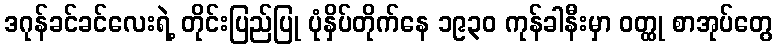
ဒဂုန်ခင်ခင်လေးရဲ့ တိုင်းပြည်ပြု ပုံနှိပ်တိုက်နေ ၁၉၃၀ ကုန်ခါနီးမှာ ဝတ္ထု စာအုပ်တွေ